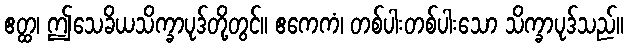
ဧတ္ထ၊ ဤသေခိယသိက္ခာပုဒ်တို့တွင်။ ဧကေကံ၊ တစ်ပါးတစ်ပါးသော သိက္ခာပုဒ်သည်။